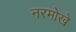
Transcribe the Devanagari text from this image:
नरमोखे